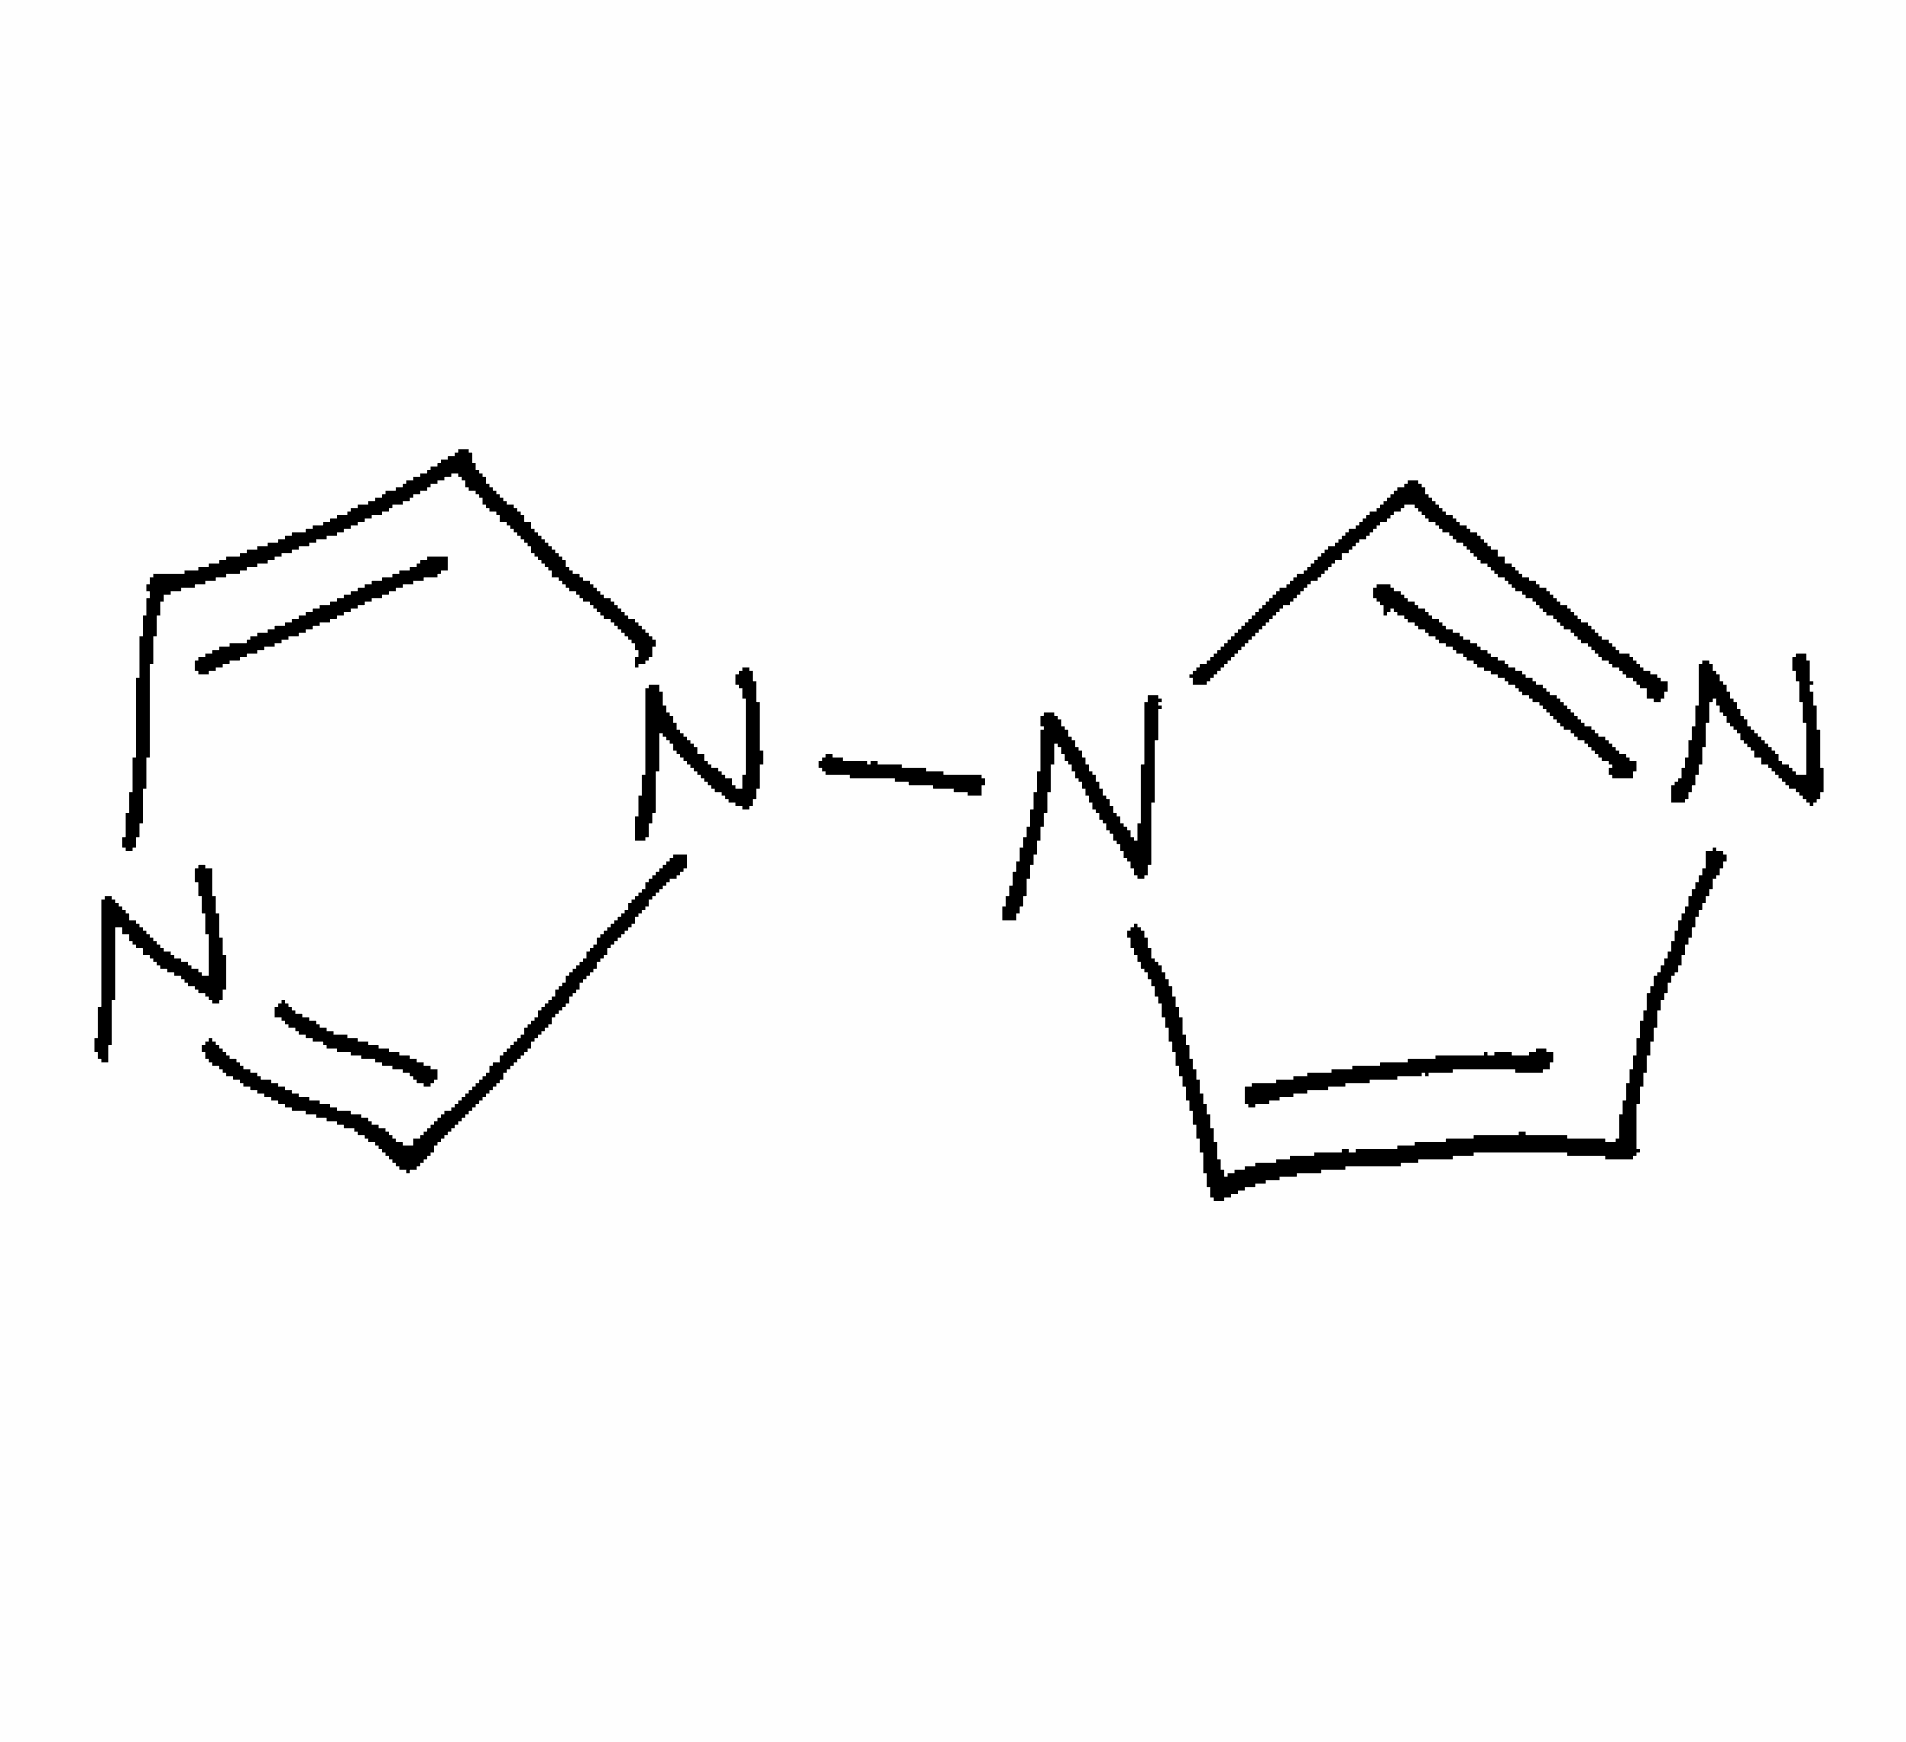
Simplified molecular-input line-entry system (SMILES) notation of the given molecule:
C1=CN(C=N1)N2C=CN=C2